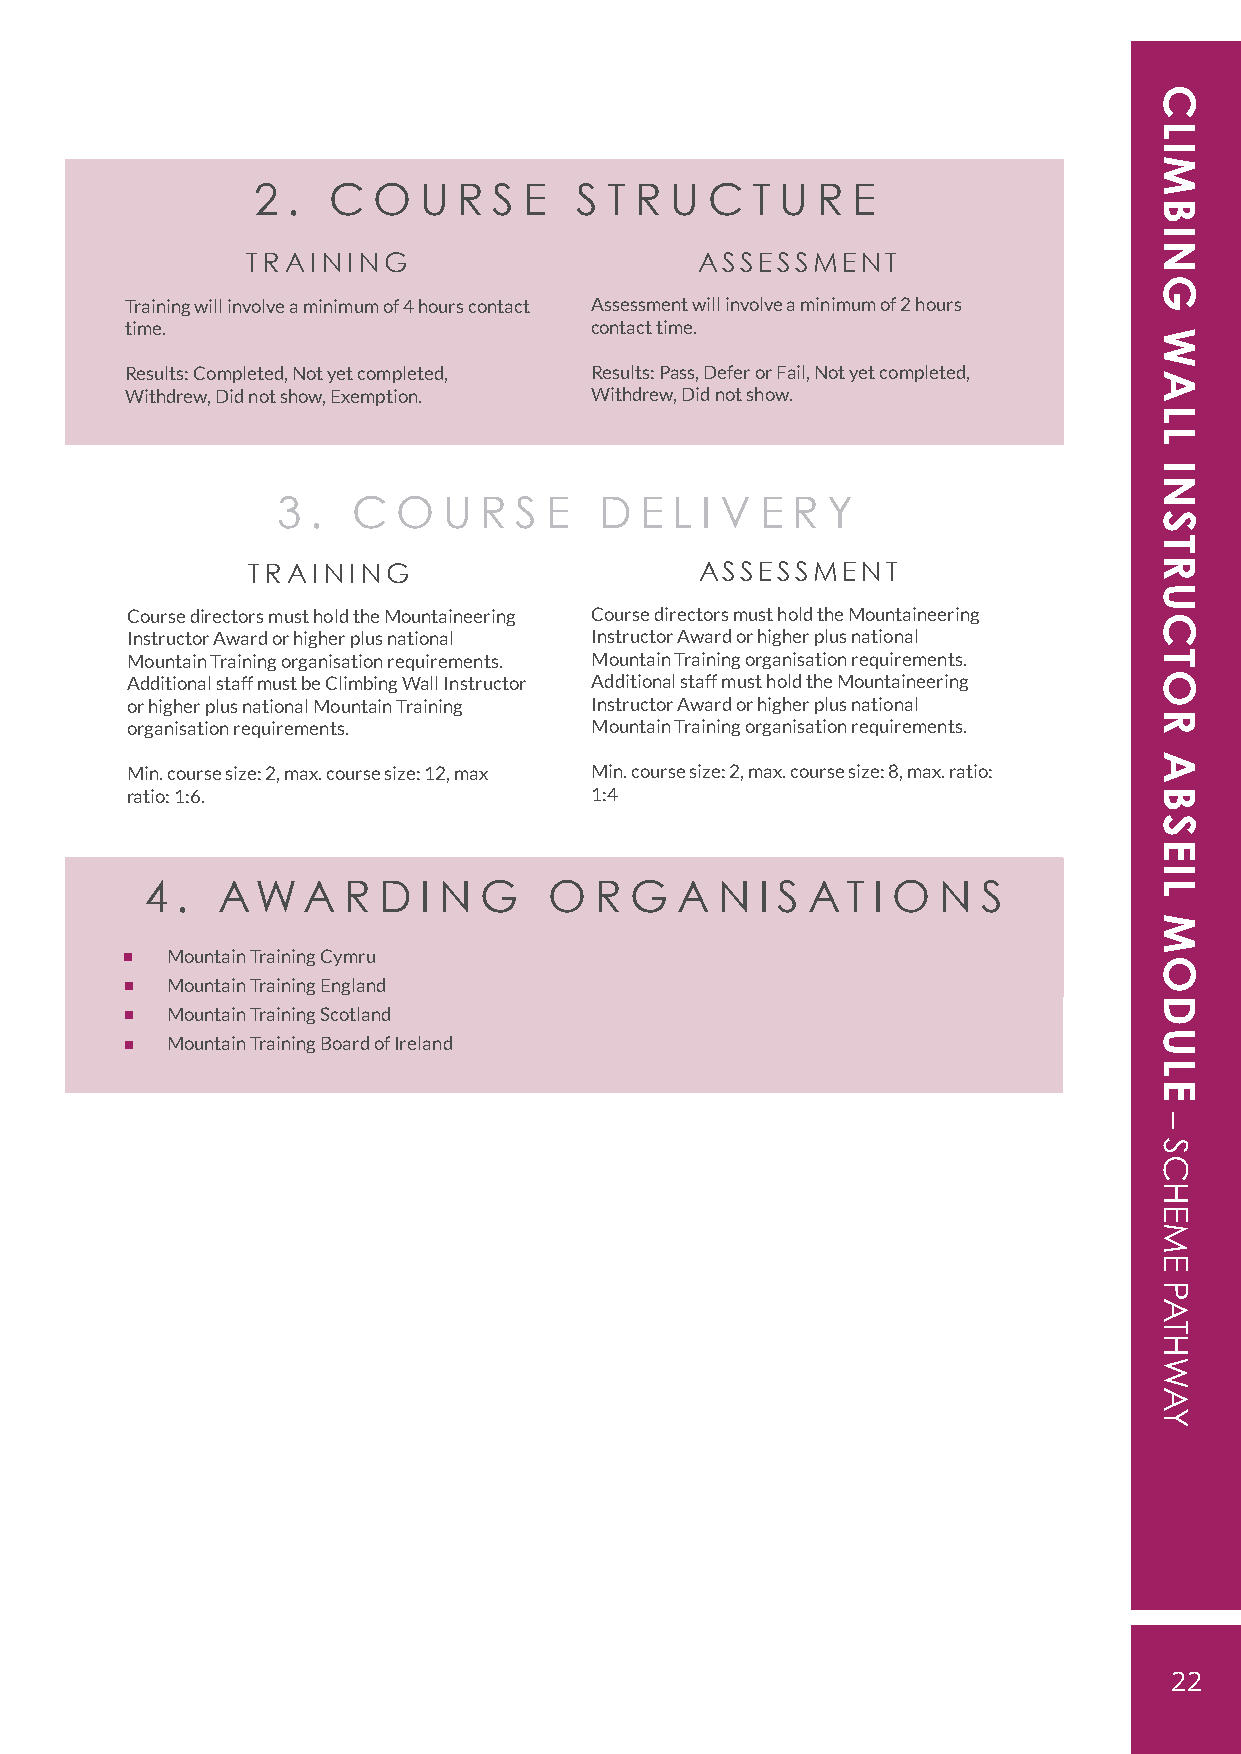
2 .  C  O  U R  S E  S T R U  C  T U R E
 TRAINING                      ASSESSMENT
 Training will involve a minimum of 4 hours contact Assessment will involve a minimum of 2 hours
 time.                          contact time.
 Results: Completed, Not yet completed, Results: Pass, Defer or Fail, Not yet completed,
 Withdrew, Did not show, Exemption. Withdrew, Did not show.
 3  . C  O  U  R S E   D E  L I V E R Y
 TRAINING                      ASSESSMENT
 Course directors must hold the Mountaineering Course directors must hold the Mountaineering
 Instructor Award or higher plus national Instructor Award or higher plus national
 Mountain Training organisation requirements. Mountain Training organisation requirements.
 Additional staff must be Climbing Wall Instructor Additional staff must hold the Mountaineering
 or higher plus national Mountain Training Instructor Award or higher plus national
 organisation requirements.     Mountain Training organisation requirements.
 Min. course size: 2, max. course size: 12, max Min. course size: 2, max. course size: 8, max. ratio:
 ratio: 1:6.                    1:4
 4 . AWA      R D  I N G   O  R  G  A  N I S AT  I O N  S
 Mountain Training Cymru
 Mountain Training England
 Mountain Training Scotland
 Mountain Training Board of Ireland
 22
 CLIMBING
 WALL
 INSTRUCTOR
 ABSEIL
 MODULE
 –
 SCHEME
 PATHWAY